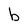
Character: b